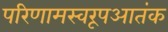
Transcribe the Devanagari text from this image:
परिणामस्वरूपआतंक